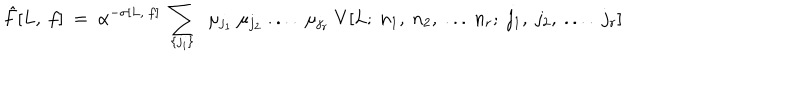
{ \hat { F } [ L , ~ f ] } ~ = ~ \alpha ^ { - \sigma [ L , ~ f ] } ~ \sum _ { \{ j _ { i } \} } ~ ~ \mu _ { j _ { 1 } } ~ \mu _ { j _ { 2 } } ~ . . . . ~ \mu _ { j _ { r } } ~ V [ L ; ~ n _ { 1 } , ~ n _ { 2 } , ~ . . . ~ n _ { r } ; ~ j _ { 1 } , ~ j _ { 2 } , ~ . . . . ~ j _ { r } ]